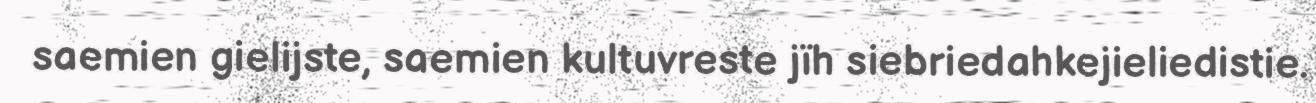
saemien gielijste, saemien kultuvreste jïh siebriedahkejieliedistie.